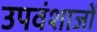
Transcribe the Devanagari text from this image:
उपवंशाजों